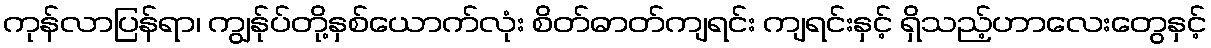
ကုန်လာပြန်ရာ၊ ကျွန်ုပ်တို့နှစ်ယောက်လုံး စိတ်ဓာတ်ကျရင်း ကျရင်းနှင့် ရှိသည့်ဟာလေးတွေနှင့်